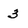
Character: 3